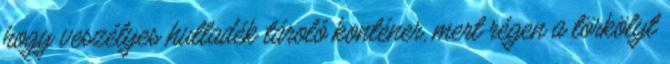
hogy veszélyes hulladék tároló konténer, mert régen a törkölyt